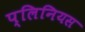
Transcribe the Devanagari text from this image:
प्लिनियस